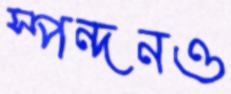
স্পন্দনও